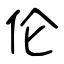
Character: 伦